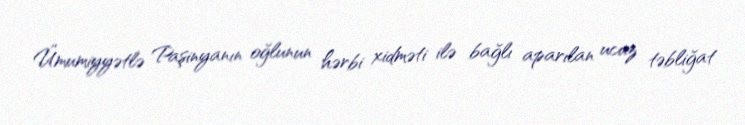
Ümumiyyətlə Paşinyanın oğlunun hərbi xidməti ilə bağlı aparılan ucuz təbliğat